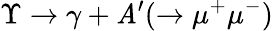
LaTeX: \Upsilon\rightarrow\gamma+\mathit{A}^{\prime}(\rightarrow\mu^{+}\mu^{-})